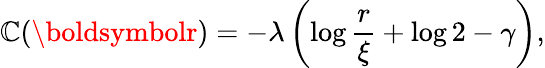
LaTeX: \mathbb{C}(\boldsymbolr)=-\lambda\left(\log\frac{{r}}{{\xi}}+\log2-\gamma\right),